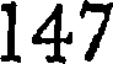
147